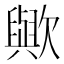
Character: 歟